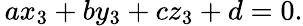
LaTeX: \, ax_{3}+by_{3}+cz_{3}+d=0.